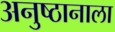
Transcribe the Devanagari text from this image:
अनुष्ठानाला